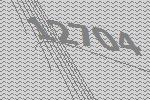
12704